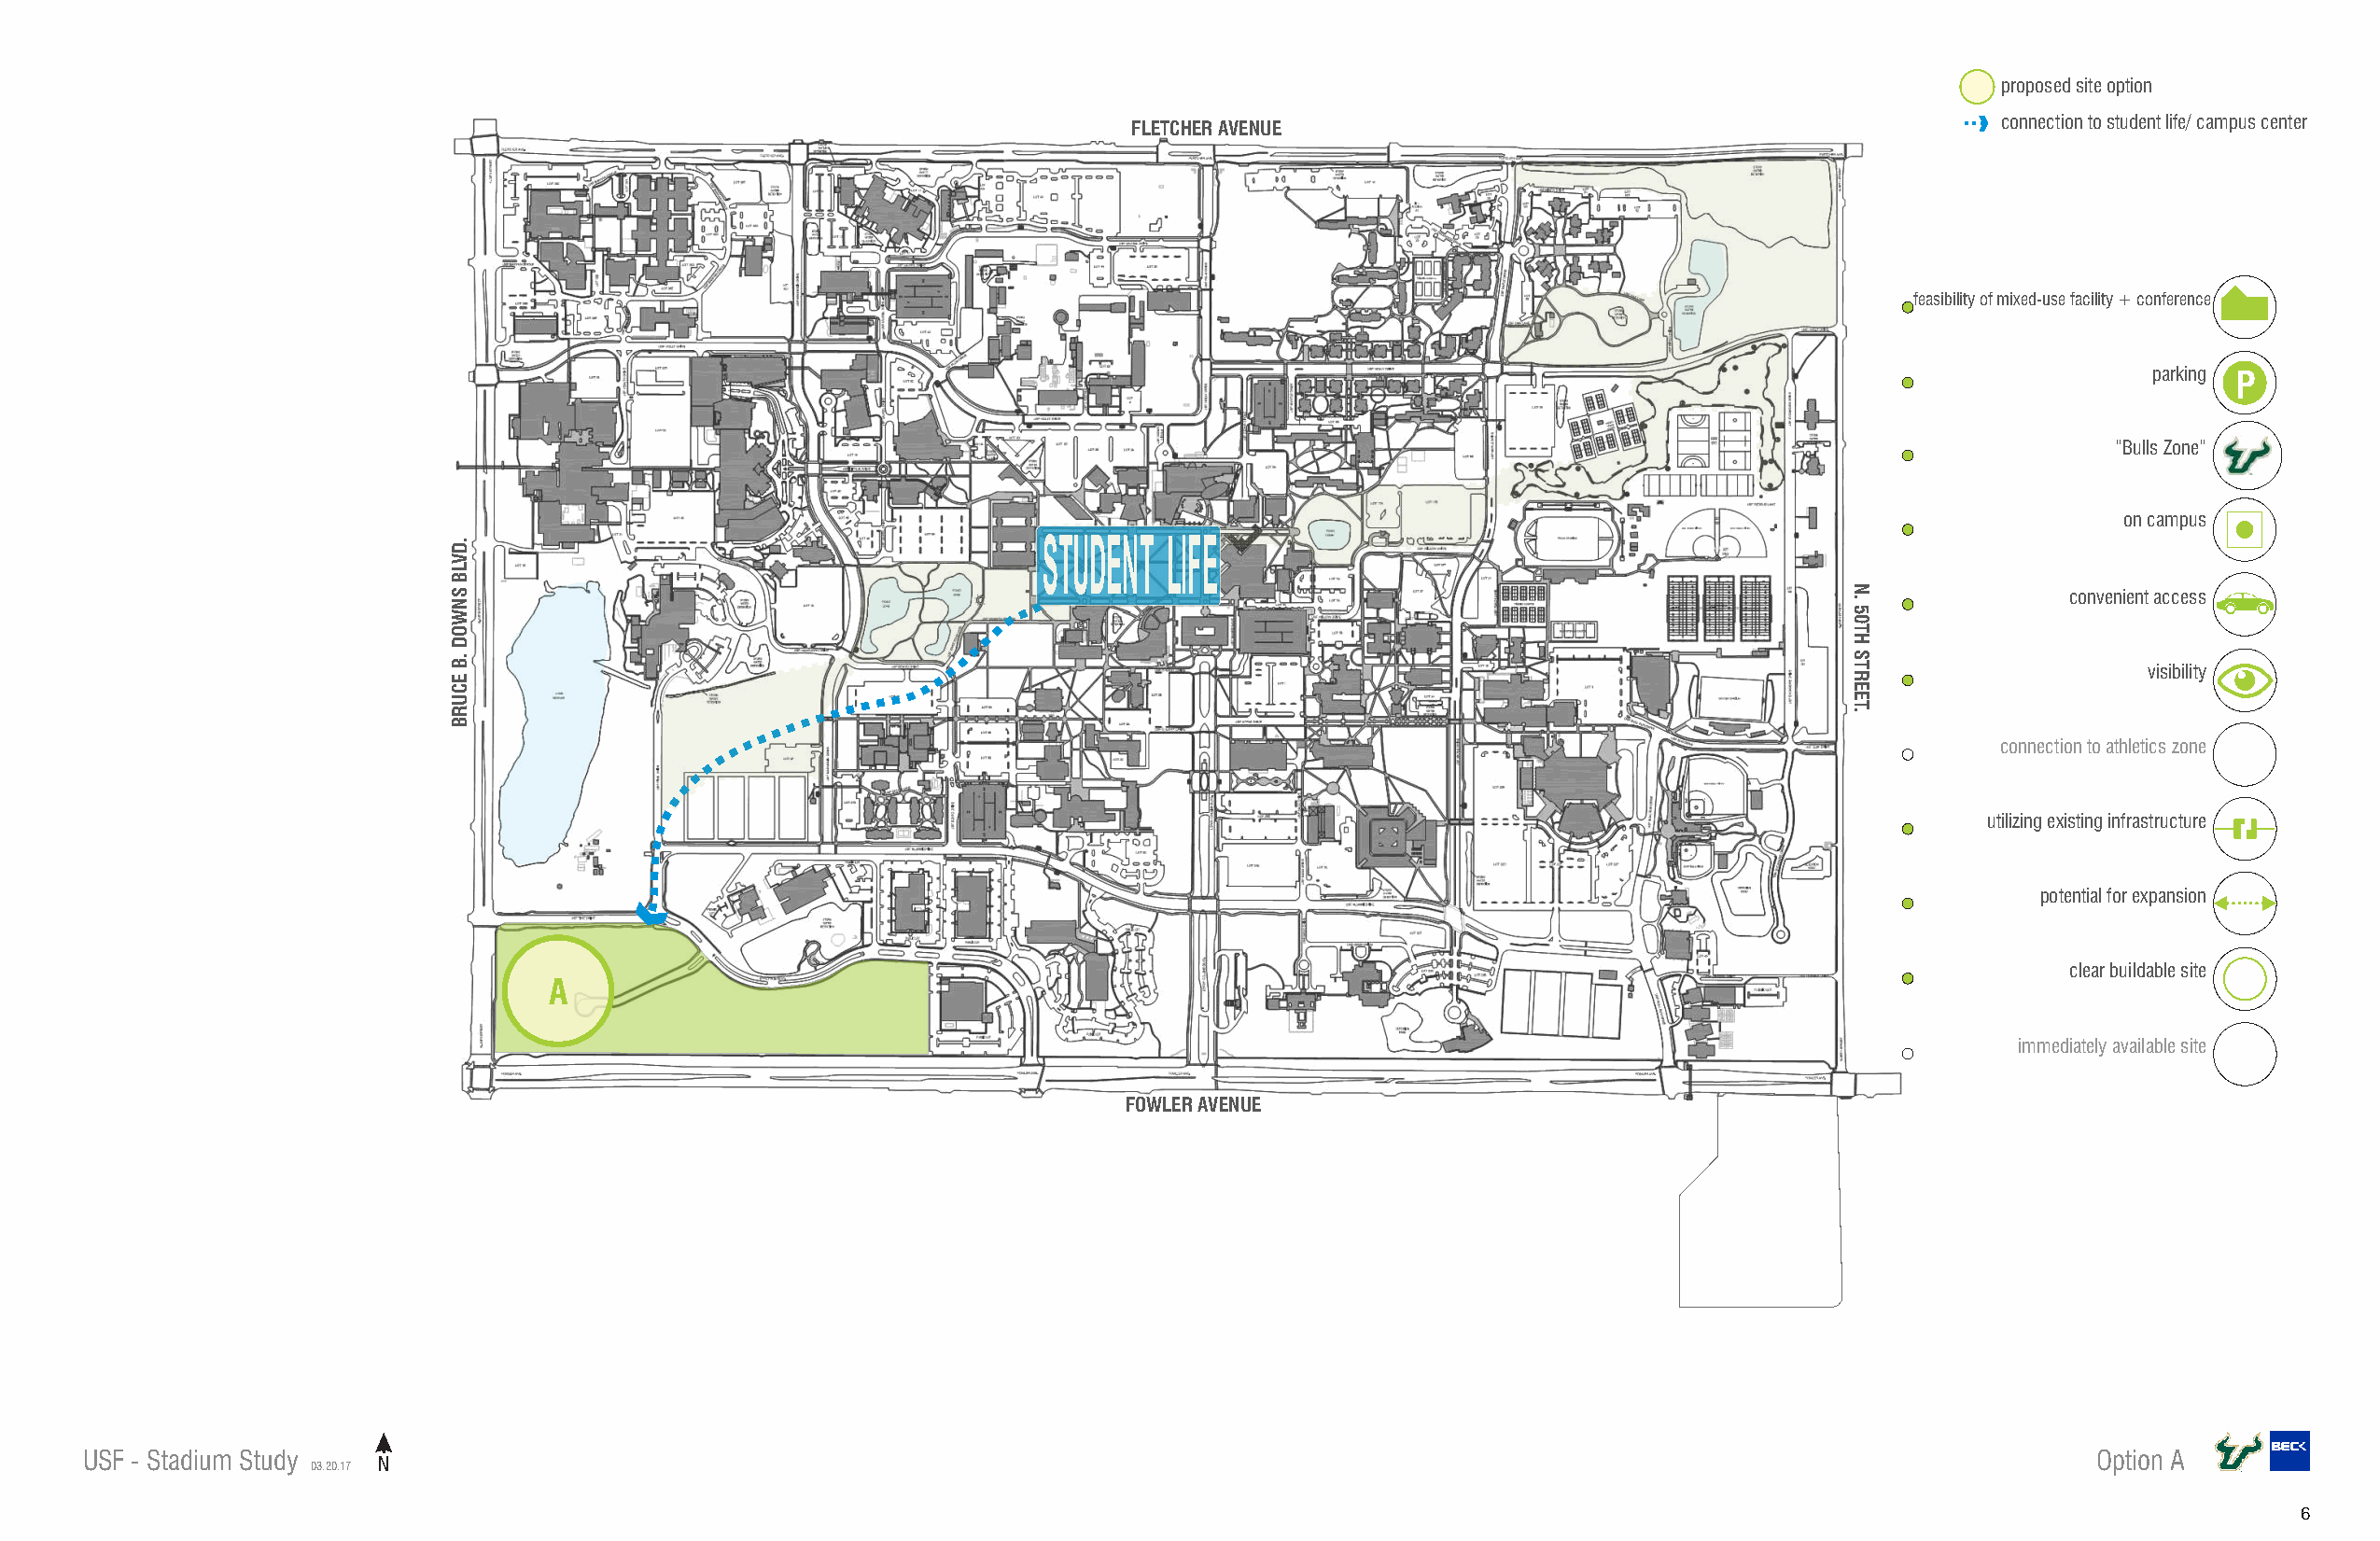
proposed site option
 connection to student life/ campus center
 FLETCHER AVENUE
 feasibility of mixed-use facility + conference
 parking P
 “Bulls Zone”
 on campus
 STUDENT  LIFE
 convenient access
 visibility
 connection to athletics zone
 utilizing existing infrastructure
 potential for expansion
 clear buildable site
 A
 immediately available site
 FOWLER AVENUE
 USF - Stadium Study                                                                                                                            Option A
 03.20.17 N
 6
 .DVLB
 SNWOD
 .B
 ECURB
 N.
 50TH
 STREET.